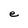
Character: e